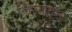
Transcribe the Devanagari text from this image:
निरंगकर